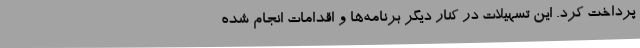
پرداخت کرد. این تسهیلات در کنار دیگر برنامه‌ها و اقدامات انجام شده